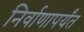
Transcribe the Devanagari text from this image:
निर्वाणापर्यंत